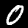
Digit: 0